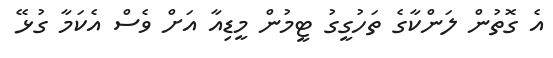
އެ ގޮތުން ލަންކާގެ ތަހުގީގު ޓީމުން މީޑިއާ އަށް ވެސް އެކަމާ ގުޅޭ